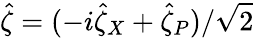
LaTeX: \hat{\zeta}=(-i\hat{\zeta}_{X}+\hat{\zeta}_{P})/\sqrt{2}